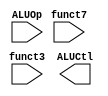
module ALUCtrl (
    input [1:0] ALUOp,
    input funct7,
    input [2:0] funct3,
    output reg [3:0] ALUCtl
);

    // TODO: implement your ALU control here
    // For testbench verifying, Do not modify input and output pin
    // Hint: using ALUOp, funct7, funct3 to select exact operation


endmodule